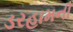
ડરહામની